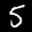
Label: 5